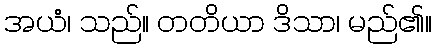
အယံ၊ သည်။ တတိယာ ဒိသာ၊ မည်၏။